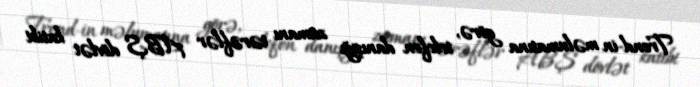
Trend-in məlumatına görə, telefon danışığı zamanı tərəflər ABŞ dövlət katibi